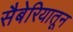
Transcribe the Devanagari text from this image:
सैबेरियातून